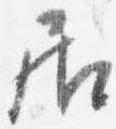
居